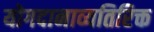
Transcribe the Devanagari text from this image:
योगदानाव्यतिरिक्त